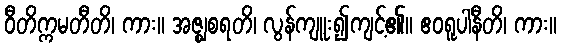
ဝီတိက္ကမတီတိ၊ ကား။ အဇ္ဈစရတိ၊ လွန်ကျူး၍ကျင့်၏။ ဧဝရူပါနီတိ၊ ကား။